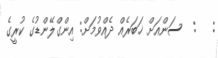
:   :  ސަންއަށް ޚަބަރެއް ދެއްވުމަށް: އިންގްލޭންޑުގެ ކުރީގެ